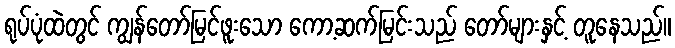
ရုပ်ပုံထဲတွင် ကျွန်တော်မြင်ဖူးသော ကော့ဆက်မြင်းသည် တော်များနှင့် တူနေသည်။